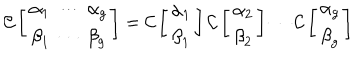
{ \cal C } \left[ \begin{array} { c } { { { \alpha } _ { 1 } \ \cdots \ \alpha _ { g } } } \\ { { { \beta } _ { 1 } \ \cdots \ \beta _ { g } } } \\ \end{array} \right] = { \cal C } \left[ \begin{array} { c } { { { \alpha } _ { 1 } } } \\ { { { \beta } _ { 1 } } } \\ \end{array} \right] { \cal C } \left[ \begin{array} { c } { { { \alpha } _ { 2 } } } \\ { { { \beta } _ { 2 } } } \\ \end{array} \right] \cdots { \cal C } \left[ \begin{array} { c } { { { \alpha } _ { g } } } \\ { { { \beta } _ { g } } } \\ \end{array} \right]